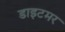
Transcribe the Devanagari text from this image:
डाइटमर